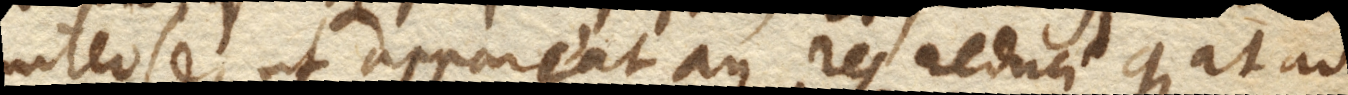
inter se, ut appareat an res reduci queat ad